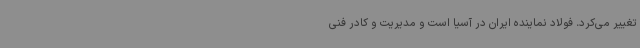
تغییر می‌کرد. فولاد نماینده ایران در آسیا است و مدیریت و کادر فنی